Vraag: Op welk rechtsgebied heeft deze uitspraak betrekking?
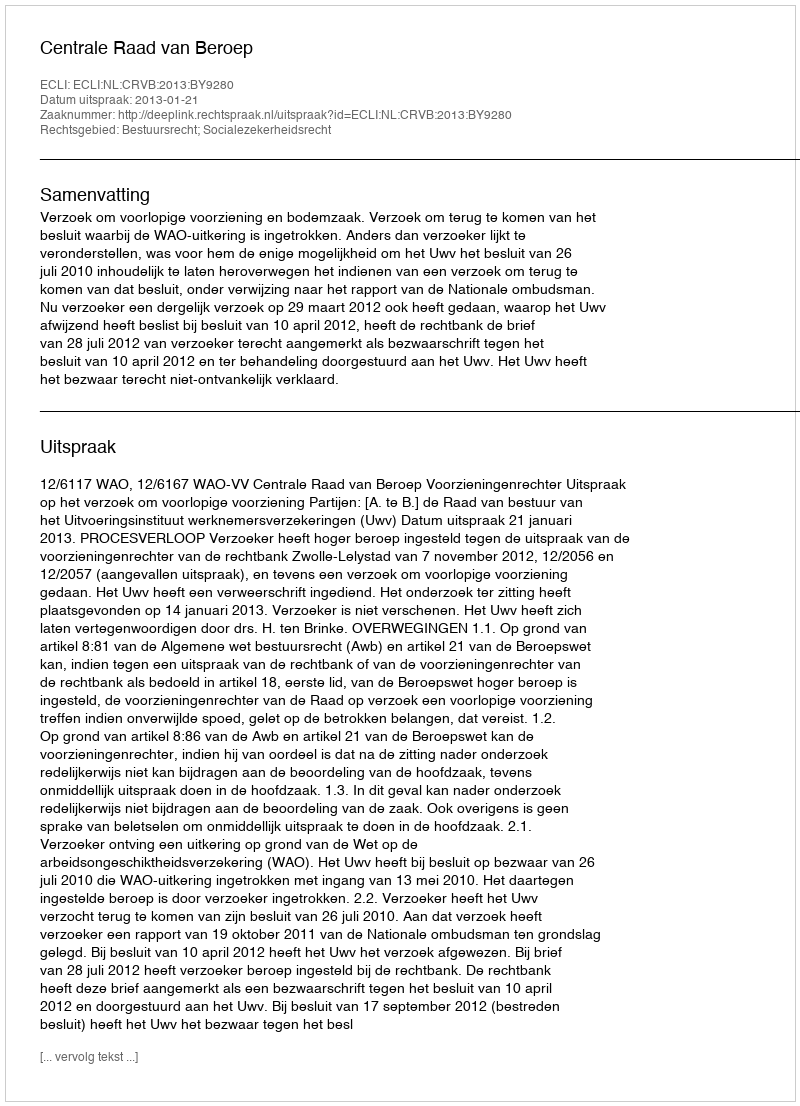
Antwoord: Bestuursrecht; Socialezekerheidsrecht